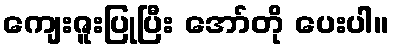
ကျေးဇူးပြုပြီး အော်တို ပေးပါ။